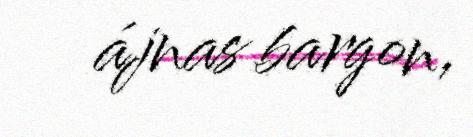
ájnas bargon,